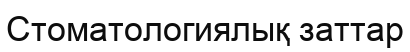
Стоматологиялық заттар